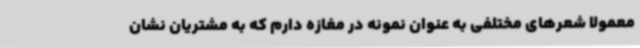
معمولا شعرهای مختلفی به عنوان نمونه در مغازه دارم که به مشتریان نشان